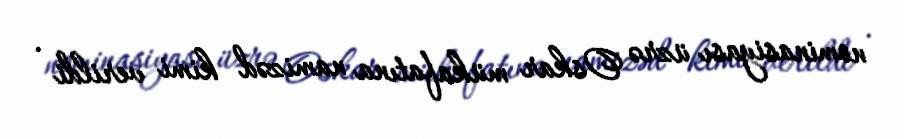
nominasiyası üzrə Oskar mükafatına namizəd kimi verildi .